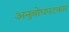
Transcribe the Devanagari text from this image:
अनुबोधपटकार